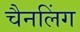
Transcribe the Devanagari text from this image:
चैनलिंग